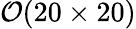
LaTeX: \mathcal{O}(20\times 20)